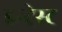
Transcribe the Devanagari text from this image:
इन्ट्रेस्ट